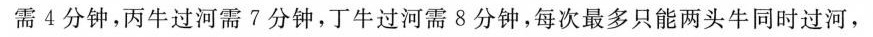
需4分钟，丙牛过河需7分钟，丁牛过河需8分钟，每次最多只能两头牛同时过河，